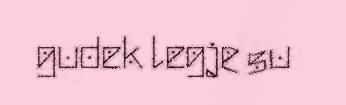
gudek legje su